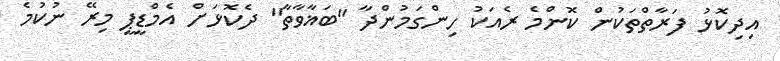
އިދިކޮޅު ފަރާތްތަކުން ކޮންމެ ރެއަކު ހިންގަމުންދާ "ބަޣާވާތާ" ދެކޮޅަށް އެމްޑީޕީ މިރޭ ނުކުމެ